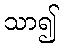
သာ၍